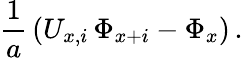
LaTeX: {\frac{1}{a}}\left(U_{x,i}\, \Phi_{x+i}-\Phi_{x}\right)\, .